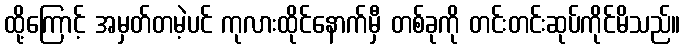
ထို့ကြောင့် အမှတ်တမဲ့ပင် ကုလားထိုင်နောက်မှီ တစ်ခုကို တင်းတင်းဆုပ်ကိုင်မိသည်။